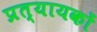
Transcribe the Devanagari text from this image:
प्रत्यायकों